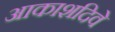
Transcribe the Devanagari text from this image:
आकाशदिवे